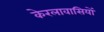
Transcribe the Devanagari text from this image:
केरलावासियों